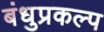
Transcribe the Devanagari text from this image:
बंधुप्रकल्प